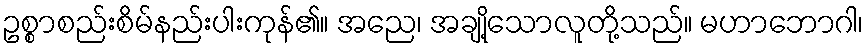
ဥစ္စာစည်းစိမ်နည်းပါးကုန်၏။ အညေ၊ အချို့သောလူတို့သည်။ မဟာဘောဂါ၊